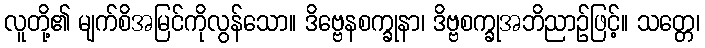
လူတို့၏ မျက်စိအမြင်ကိုလွန်သော။ ဒိဗ္ဗေနစက္ခုနာ၊ ဒိဗ္ဗစက္ခုအဘိညာဉ်ဖြင့်။ သတ္တေ၊